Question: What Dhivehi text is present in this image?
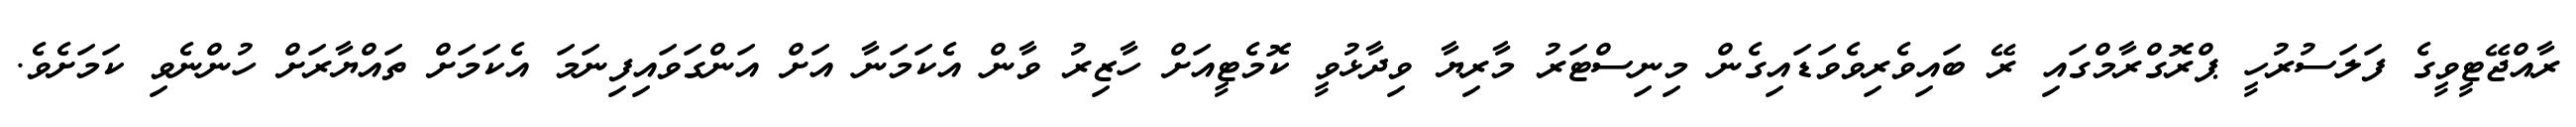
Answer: ރާއްޖޭޓީވީގެ ފަލަސުރުހީ ޕްރޮގްރާމްގައި ރޭ ބައިވެރިވެވަޑައިގެން މިނިސްޓަރު މާރިޔާ ވިދާޅުވީ ކޮމެޓީއަށް ހާޒިރު ވާން އެކަމަނާ އަށް އަންގަވައިފިނަމަ އެކަމަށް ތައްޔާރަށް ހުންނެވި ކަމަށެވެ.